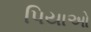
પિયાઓ